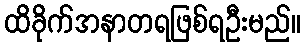
ထိခိုက်အနာတရဖြစ်ရဦးမည်။